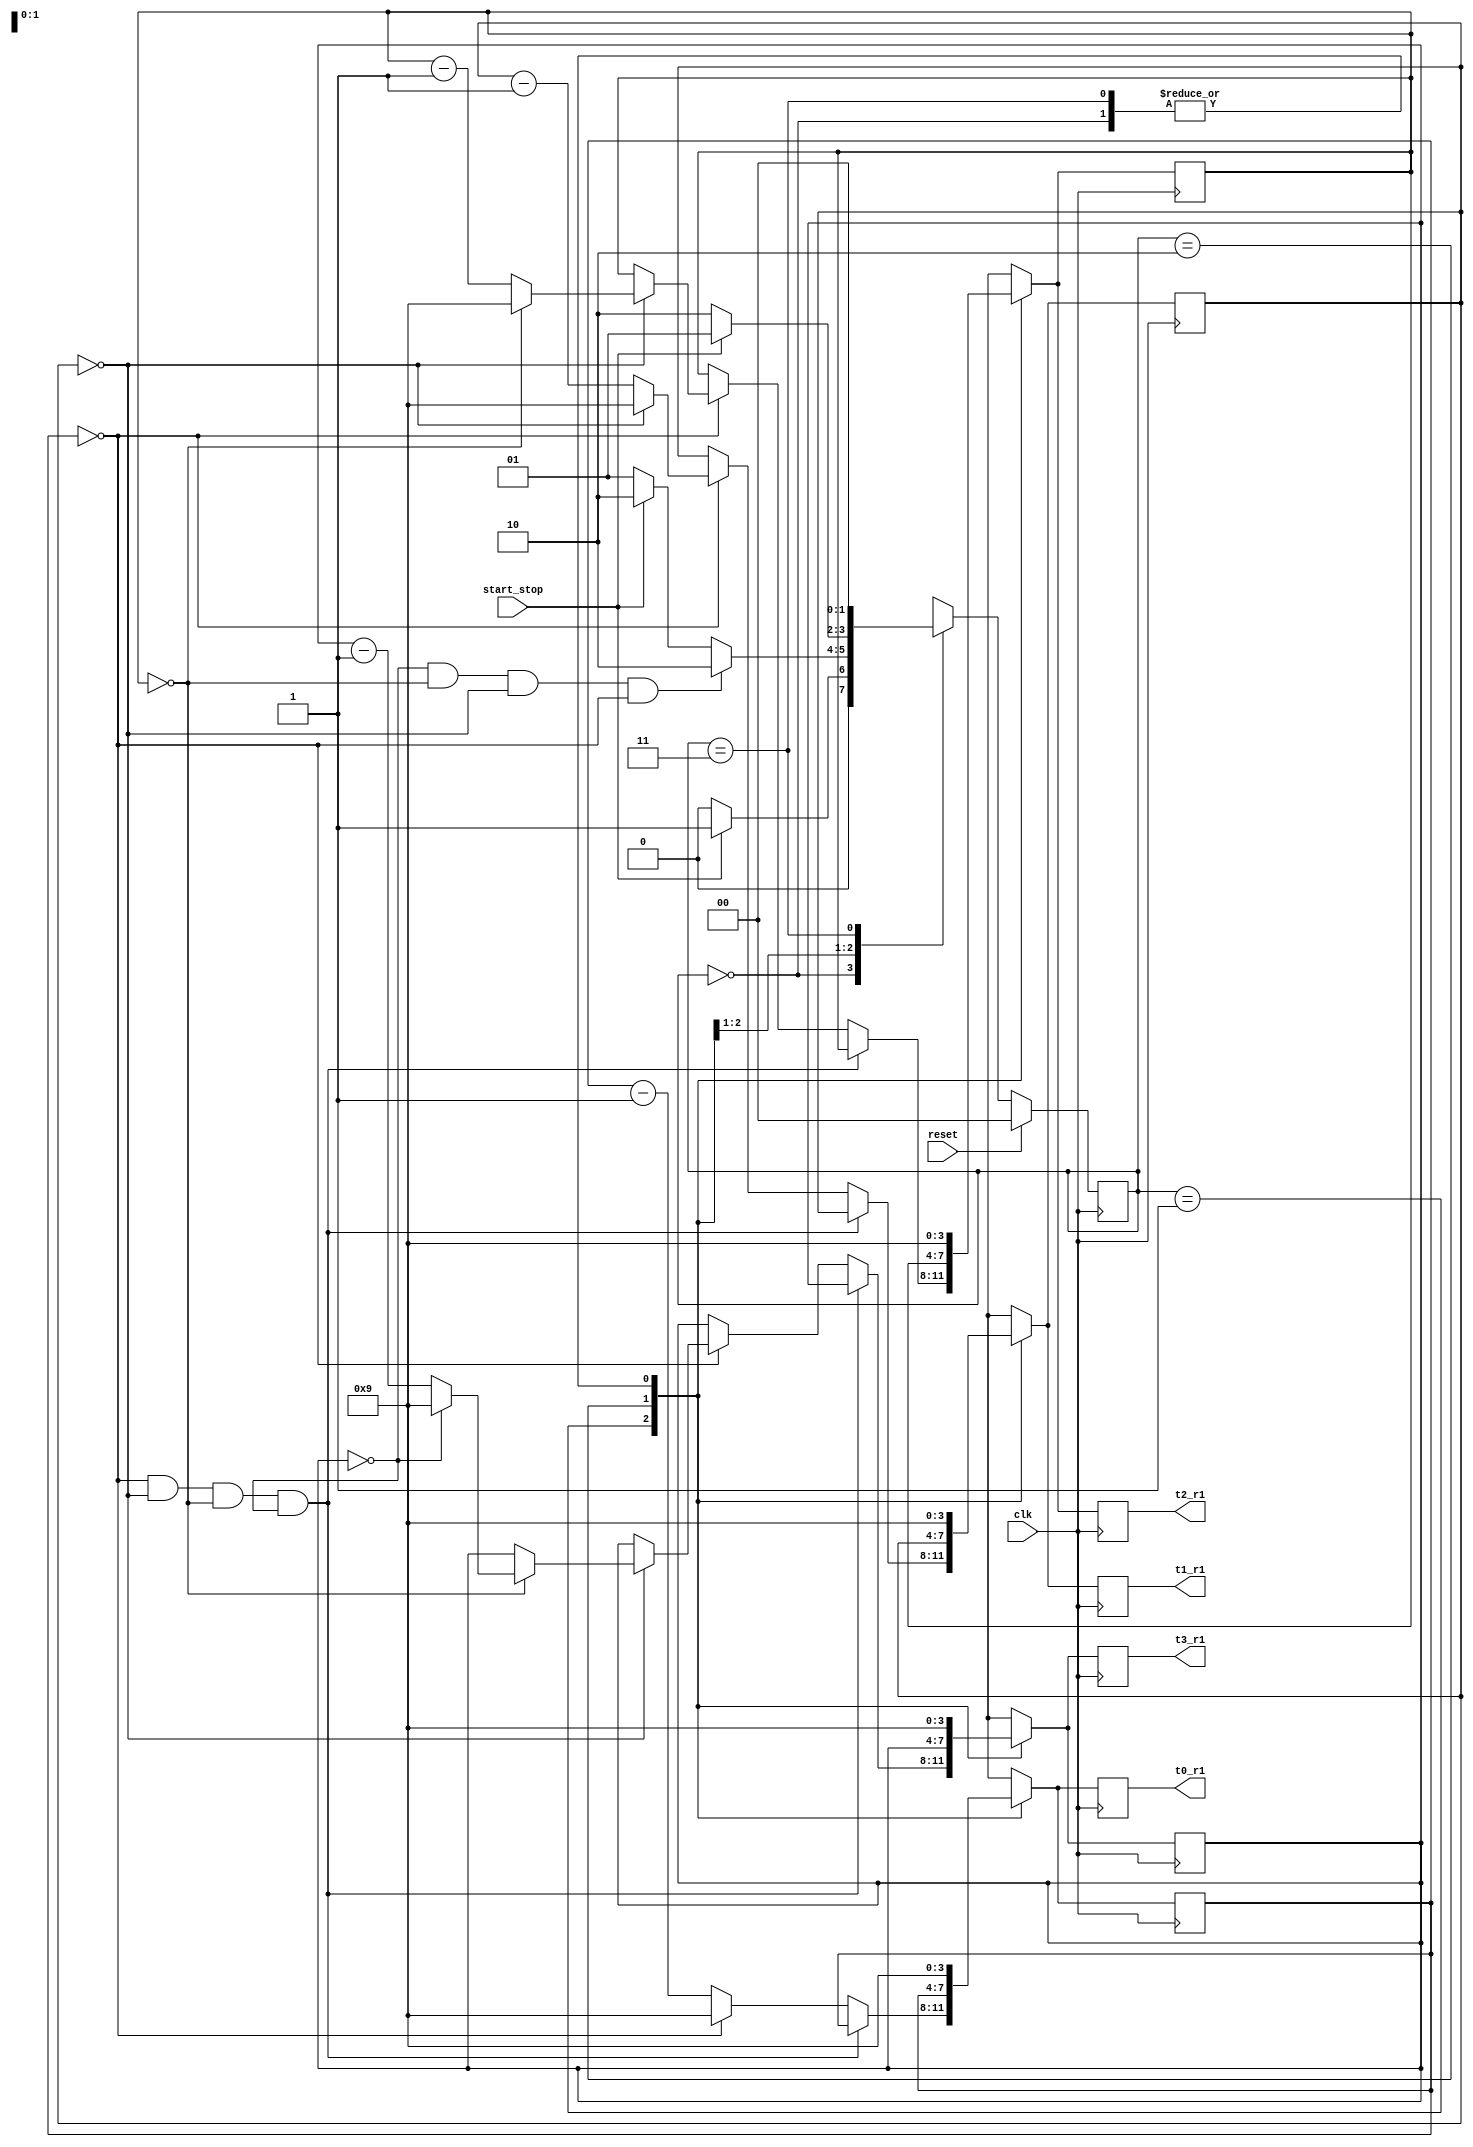
`timescale 1ns / 1ps
//////////////////////////////////////////////////////////////////////////////////
// Company: 
// Engineer: 
// 
// Design Name: 
// Module Name: increment
// Project Name: 
// Target Devices: 
// Tool Versions: 
// Description: 
// 
// Dependencies: 
// 
// Revision:
// Revision 0.01 - File Created
// Additional Comments:
// 
//////////////////////////////////////////////////////////////////////////////////


module decrement(
    input wire clk,
    input wire reset,
    input wire start_stop,
    output reg  [3:0] t3_r1,
    output reg [3:0] t2_r1,
    output reg [3:0] t1_r1,
    output reg [3:0] t0_r1 
    
    );
    reg[1:0] state; 
    reg[1:0] next_state; 
    
    reg[26:0] firstsec;
    wire[26:0] secondsec; 
   // reg[3:0] t3_r,t2_r,t1_r,t0_r; //digits
    reg[3:0] t3_next, t2_next, t1_next, t0_next; 
    wire t3_on, t2_on, t1_on, t0_on;
    wire s3, s2,s1, s0; 
    

   
        
    
    always @(posedge clk)
        if(reset)
            state <=2'b00; 
         else
            state <= next_state; 

        //00 initial, 01 increment, 10 hold 11 nothing
   always @(*) begin   
   if(reset)
   next_state = 2'b00; 
   if(t3_next == 0 && t2_next == 0 && t1_next == 0 && t0_next == 0)
   next_state = 2'b10;
     
  //  always @ (posedge clk) begin
        case(state)
            2'b00:begin 
                
                if(start_stop)
                    next_state = 2'b01; 
                else
                    next_state = 2'b00; 
            end        
            2'b01:begin
                if(t3_next == 0 && t2_next == 0 && t1_next == 0 && t0_next == 0)
                    next_state = 2'b10;
                else if(reset)
                    next_state = 2'b00; 
                else if (start_stop)
                    next_state = 2'b10; 
                else 
                //if(!reset && !start_stop)
                    next_state = 2'b01; 
            end 
            
            2'b10:begin
                if(reset)
                    next_state = 2'b00;
                else if(start_stop)
                    next_state = 2'b01; 
                        
                else
                    next_state = 2'b10;  
            end
            
            2'b11:begin
                next_state = 2'b00; 
            end
            
            
     endcase
     end
            
            
  
       
  always @(posedge clk)
//  always @(*) // DIDNT WORK 
   begin
      case(state)
        2'b00:begin
            t3_next = 9;
            t2_next = 9;
            t1_next = 9;
            t0_next = 9; 
        end 
        
        2'b01:begin
        if(t0_next == 0 && t1_next == 0 && t2_next == 0 && t3_next == 0) begin
            t0_next = t0_next;
            t1_next = t1_next;
            t2_next = t2_next;
            t3_next = t3_next;
            end
        else begin    
        
        if(t0_next == 0)
        begin
          t0_next = 9; 
          if(t1_next == 0)
          begin
            t1_next =9; 
            if(t2_next == 0)
            begin
                t2_next = 9;
                if(t3_next == 0)
                   t3_next = 9; 
                else
                    t3_next = t3_next - 1;   
                    
            end else
                t2_next = t2_next -1;
            end else
                t1_next = t1_next - 1;
            end else
                t0_next = t0_next - 1; 
           end 
           end
           
         2'b10: begin
         t0_next = t0_next; //save the value
         t1_next = t1_next; //save
         t2_next = t2_next; 
         t3_next = t3_next; 
         end
         
         2'b11: begin
         t3_next = 9;
         t2_next = 9;
         t1_next = 9;
         t0_next = 9; 
         end
         default: begin 
            t3_next = 9;
            t2_next = 9; 
            t1_next = 9;
            t0_next = 9; 
            end 
         endcase
         
                  
         t3_r1 = t3_next;
         t2_r1 = t2_next;
         t1_r1 = t1_next;
         t0_r1 = t0_next; 

         
         end
         
 

         
endmodule